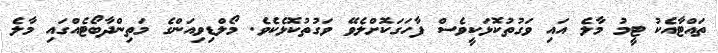
ތައްޓާއެކު ޓީމު މާލެ އައި ވަގުތުކޮޅަކީވެސް ފާހަގަކޮށްލެވޭ ވަގުތުކޮޅެކެވެ. މޯލްޑިވިއަންގެ މަތިންދާބޯޓެއްގައި މާލެ